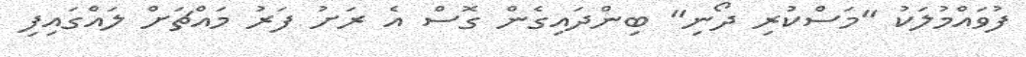
ފުވައްމުލަކު "މަސްކުރި ދޯނި" ބިންދައިގެން ގޮސް އެ ރަށު ފަރު މައްޗަށް ލައްގައިފި